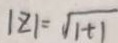
\vert z \vert = \sqrt { 1 + 1 }